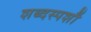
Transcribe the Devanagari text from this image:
शब्दस्पर्शौ